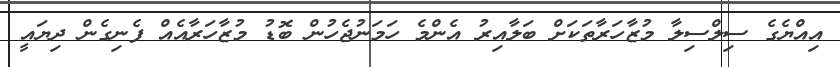
އިއްޔެގެ ސިލްސިލާ މުޒާހަރާތަކަށް ބަލާއިރު އެންމެ ހަމަނުޖެހުން ބޮޑު މުޒާހަރާއެއް ފެނިގެން ދިޔައީ